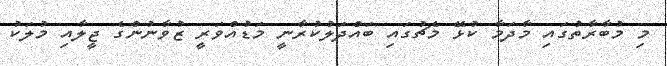
މި މުބާރާތުގައި މާދަމާ ކުޅޭ މެޗުގައި ބައްދަލުކުރާނީ މަޑުއްވަރީ ޒުވާނުންގެ ޖީލާއި މުލަކު